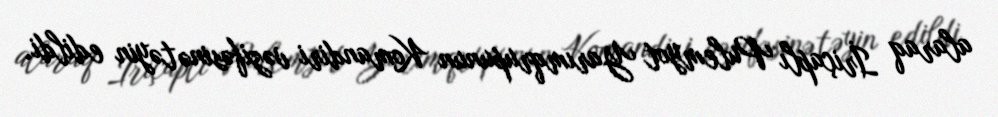
alaraq İriçaplı Pulemyot Yarımqrupunun Komandiri vəzifəsinə təyin edildi.